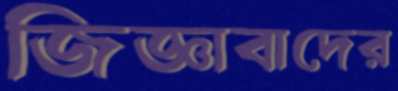
জিজ্ঞাবাদের